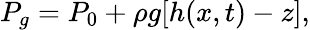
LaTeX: P_{g}=P_{0}+\rho g[h(x,t)-z],